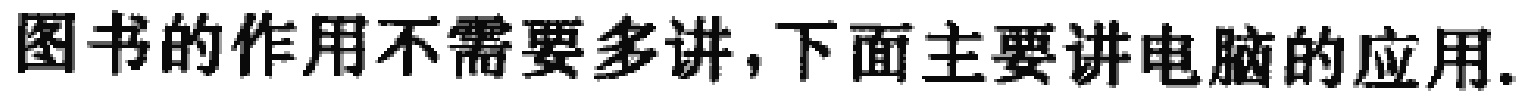
图书的作用不需要多讲,下面主要讲电脑的应用.